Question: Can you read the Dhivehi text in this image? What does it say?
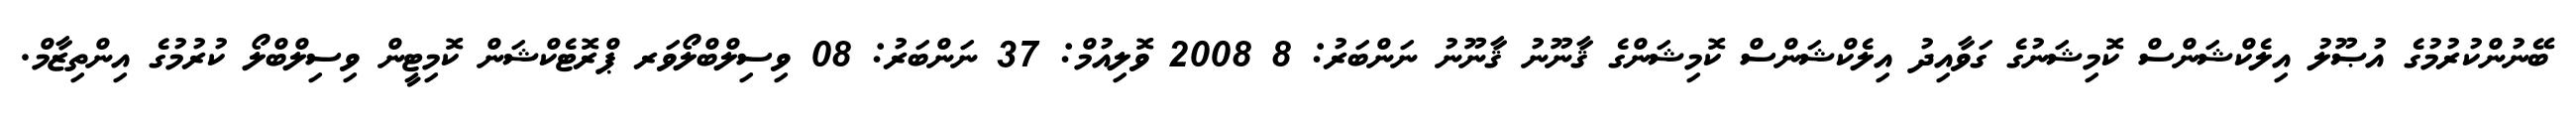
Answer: ބޭނުންކުރުމުގެ އުޞޫލު އިލެކްޝަންސް ކޮމިޝަނުގެ ގަވާއިދު އިލެކްޝަންސް ކޮމިޝަންގެ ޤާނޫނު ޤާނޫނު ނަންބަރު: 8 2008 ވޮލިއުމް: 37 ނަންބަރު: 08 ވިސިލްބްލޯވަރ ޕްރޮޓެކްޝަން ކޮމިޓީން ވިސިލްބްލޯ ކުރުމުގެ އިންތިޒާމް.